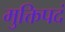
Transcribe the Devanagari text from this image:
मुक्तिपदं